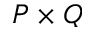
P \times Q